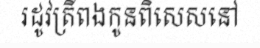
រដូវត្រីពងកូនពិសេសនៅ